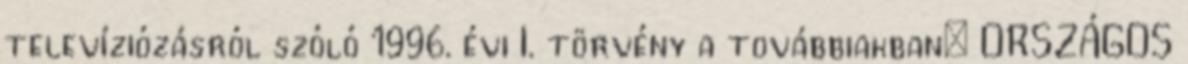
televíziózásról szóló 1996. évi I. törvény a továbbiakban: ORSZÁGOS